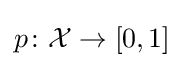
p\colon {\mathcal {X}}\to [0,1]